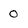
Character: 0